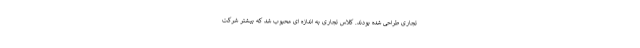
تجاری طراحی شده بودند. کلاس تجاری به اندازه ای محبوب شد که بیشتر شرکت